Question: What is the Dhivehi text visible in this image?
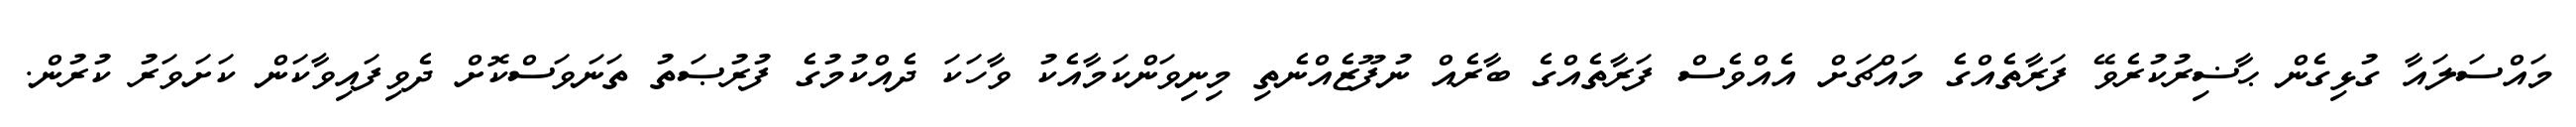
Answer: މައްސަލައާ ގުޅިގެން ޙާޟިރުކުރެވޭ ފަރާތެއްގެ މައްޗަށް އެއްވެސް ފަރާތެއްގެ ބާރެއް ނުފޫޒެއްނެތި މިނިވަންކަމާއެކު ވާހަކަ ދެއްކުމުގެ ފުރުޞަތު ތަނަވަސްކޮށް ދެވިފައިވާކަން ކަށަވަރު ކުރުން.